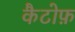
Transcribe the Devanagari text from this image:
कैटोफ़